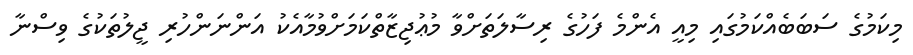
މިކަމުގެ ސަބަބެއްކަމުގައި މިއީ އެންމެ ފަހުގެ ރިސާލަތަށްވާ މުޢުޖިޒާތްކަމަށްވުމާއެކު އަންނަންހުރި ޖީލުތަކުގެ ވިސްނާ